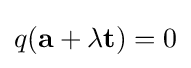
q(\mathbf {a} +\lambda \mathbf {t} )=0